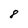
Character: 8